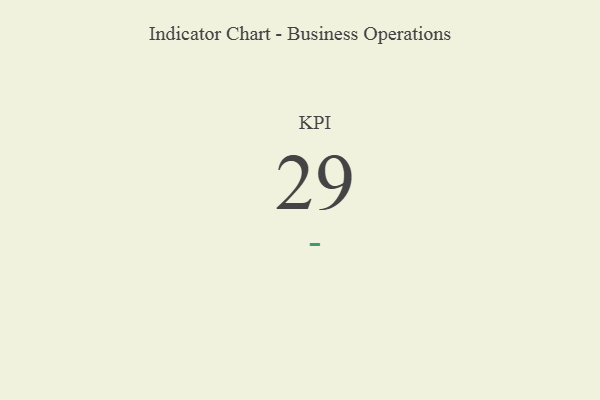
{"axis": {"x": "KPI", "y": "Value"}, "legend": [""], "data": [{"x": "KPI", "y": 29, "type": ""}]}